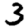
Digit: 3